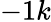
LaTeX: -1k